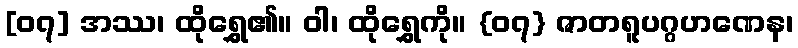
[၀၇] အဿ၊ ထိုရွှေ၏။ ဝါ၊ ထိုရွှေကို။ {၀၇} ဇာတရူပဂ္ဂဟဏေန၊